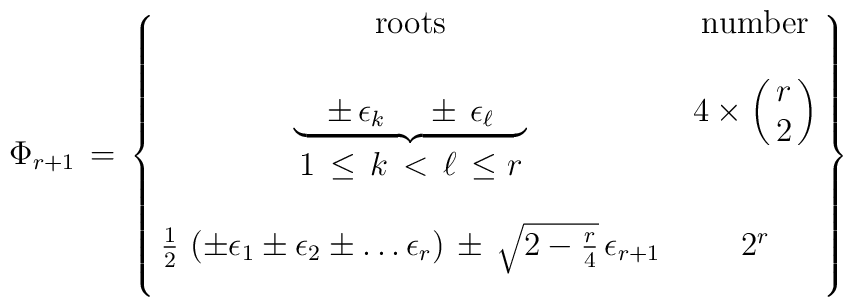
\Phi_{r+1} \, = \,  \left \{\matrix { \mbox{roots} & \mbox{number} \cr\null & \null \cr{\underbrace {\quad \pm \, \epsilon_k \,\quad \pm \, \epsilon_\ell \quad}} & 4 \times\left (\matrix { r \cr 2} \right )\cr1 \,\le \,  k \, < \, \ell \, \le r  & \null \cr\null & \null \cr {\frac 1 2 \, \left ( \pm\epsilon_1 \pm \epsilon_2 \pm \dots \epsilon_r\right ) \, \pm \, \sqrt{2 - \frac r 4 } \, \epsilon_{r+1} }  &   2^r \cr \null & \null \cr}    \right \}